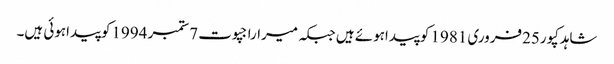
شاہدکپور25فروری 1981 کوپیداہوئے ہیں جبکہ میراراجپوت 7ستمبر 1994کوپیداہوئی ہیں۔